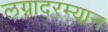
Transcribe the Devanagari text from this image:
लग्नादरम्यान